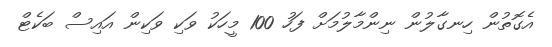
އެގޮތުން ހިނގާލުން ނިންމާލުމަށް ފަހު 100 މީހަކު ވަކި ވަކިން އައިސް ބަކެޓް